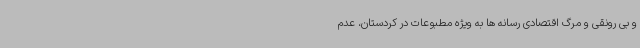
و بی رونقی و مرگ اقتصادی رسانه ها به ویژه مطبوعات در کردستان، عدم